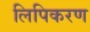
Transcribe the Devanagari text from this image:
लिपिकरण